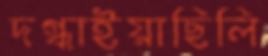
দগ্ধাইয়াছিলি